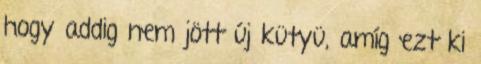
hogy addig nem jött új kütyü, amíg ezt ki